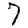
Digit: 7